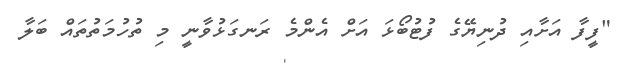
"ފީފާ އަށާއި ދުނިޔޭގެ ފުޓުބޯޅަ އަށް އެންމެ ރަނގަޅުވާނީ މި ތުހުމަތުތައް ބަލާ